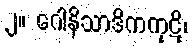
၂။ ဂေါနိသာဒိကကုဋိ၊